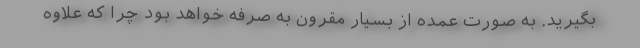
بگیرید. به صورت عمده از بسیار مقرون به صرفه خواهد بود چرا که علاوه